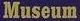
Museum